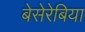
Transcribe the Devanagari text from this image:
बेसेरेबिया